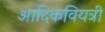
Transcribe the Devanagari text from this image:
आदिकवियत्री